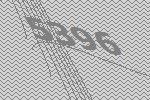
5396